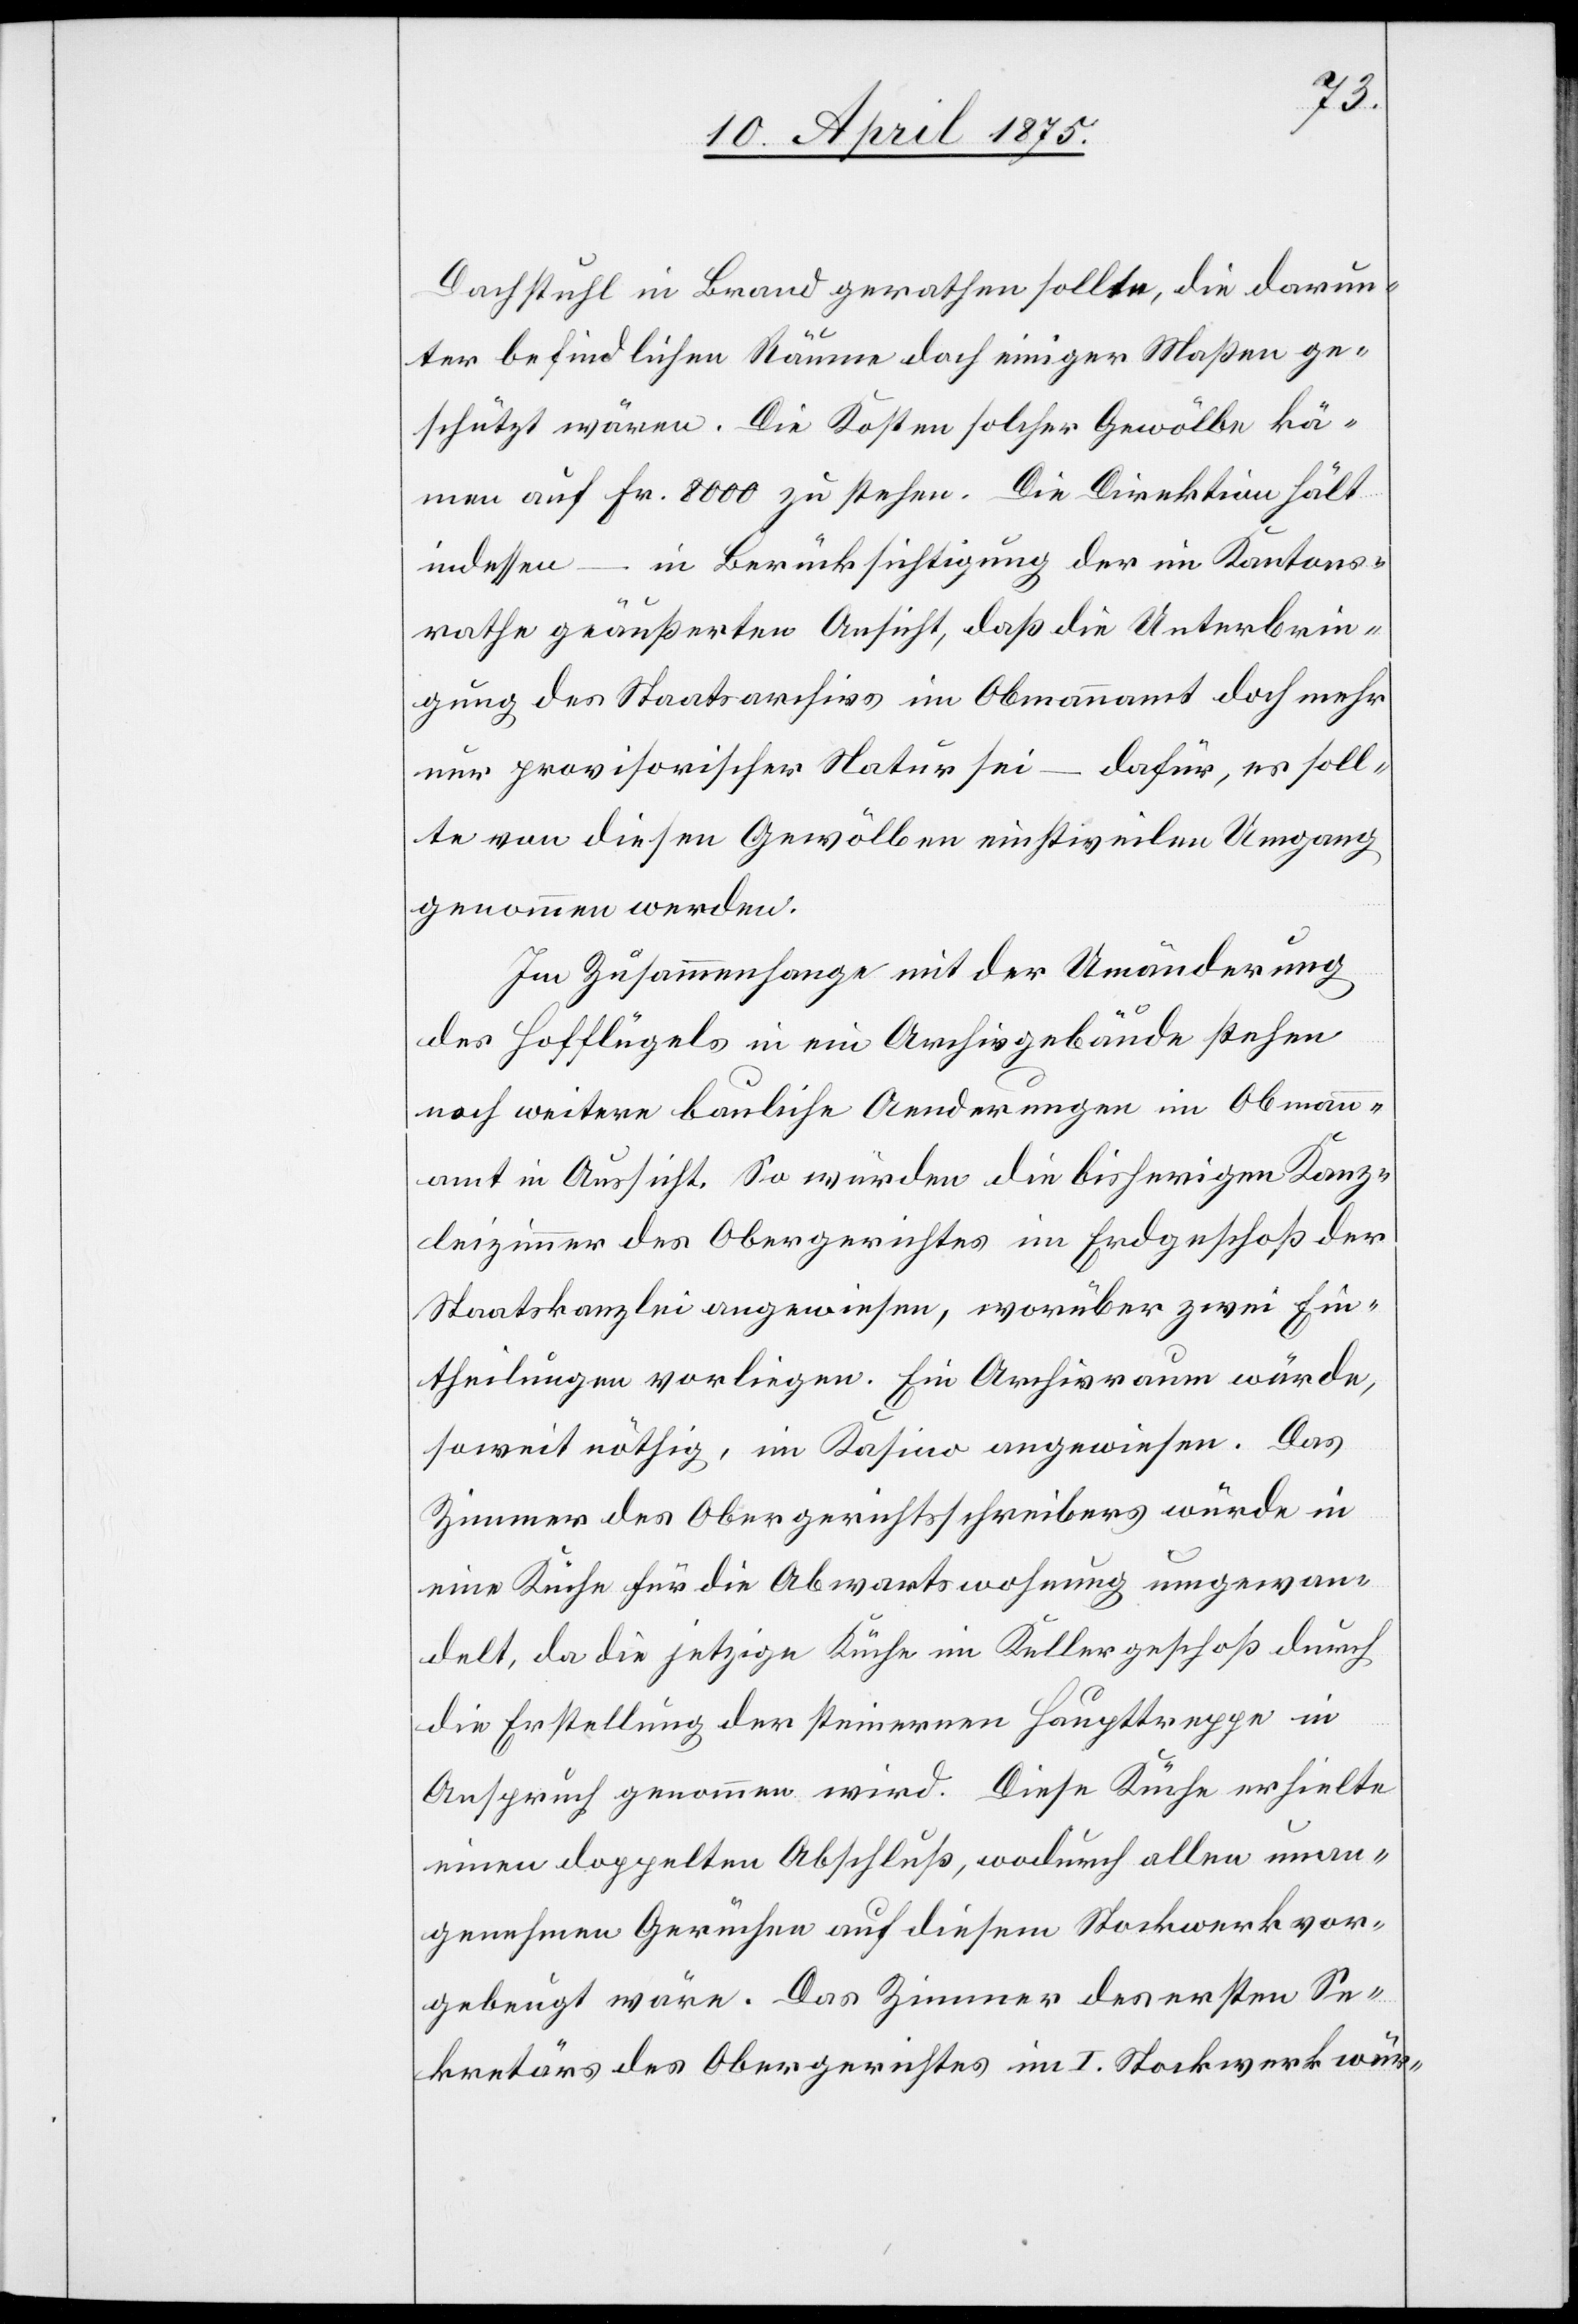
Dachstuhl in Brand gerathen sollte, die darun¬
ter befindlichen Räume doch einiger Maßen ge¬
schützt wären. Die Kosten solcher Gewölbe kä¬
men auf Fr. 8000 zu stehen. Die Direktion hält
indessen – in Berücksichtigung der im Kantons¬
rathe geäußerten Ansicht, daß die Unterbrin¬
gung des Staatsarchivs im Obmannamt doch mehr
nur provisorischer Natur sei – dafür, es soll¬
te von diesen Gewölben einstweilen Umgang
genommen werden.
Im Zusammenhange mit der Umänderung
des Hofflügels in ein Archivgebäude stehen
noch weitere bauliche Aenderungen im Obmann¬
amt in Aussicht. So würden die bisherigen Kanz¬
leizimmer des Obergerichtes im Erdgeschoß der
Staatskanzlei angewiesen, worüber zwei Ein¬
theilungen vorliegen. Ein Archivraum würde
soweit nöthig, im Kasino angewiesen. Das
Zimmer des Obergerichtschreibers würde in
eine Küche für die Abwartswohnung umgewan¬
delt, da die jetzige Küche im Kellergeschoß durch
die Erstellung der steinernen Haupttreppe in
Anspruch genommen wird. Diese Küche erhielte
einen doppelten Abschluß, wodurch allen unan¬
genehmen Gerüchen auf diesem Stockwerk vor¬
gebeugt wäre. Das Zimmer des ersten Se¬
kretärs des Obergerichtes im I. Stockwerk wür-